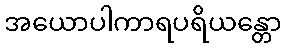
အယောပါကာရပရိယန္တော